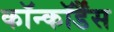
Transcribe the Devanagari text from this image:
कॉन्कॉर्डैंस